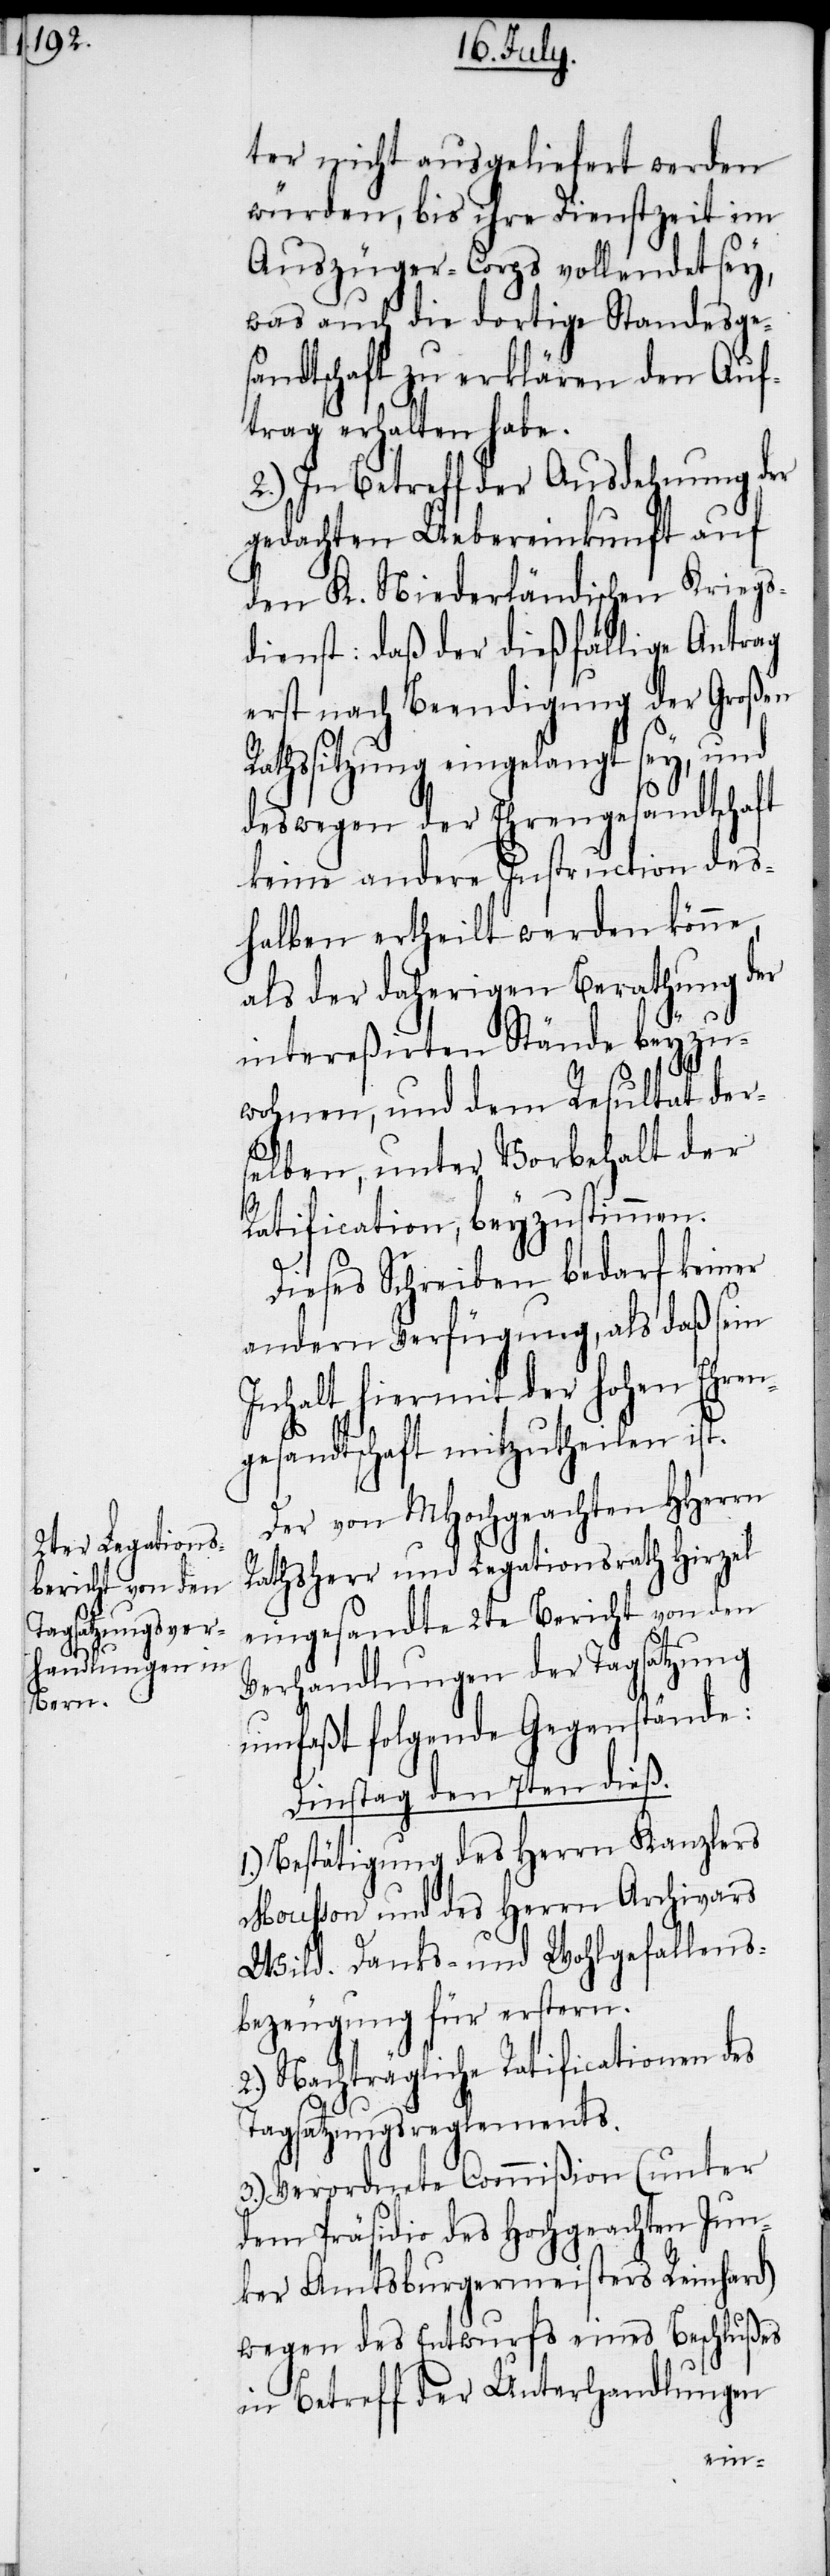
ter nicht ausgeliefert werden
würden, bis ihre Dienstzeit im
Auszüger-Corps vollendet sey,
was auch die dortige Standesges¬
andtschaft zu erklären den Auf¬
trag erhalten habe.
2.) In Betreff der Ausdehnung der
gedachten Uebereinkunft auf
den K. Niederländischen Kriegs¬
dienst: daß der dießfällige Antrag
erst nach Beendigung der Großen
Rathssitzung eingelangt sey, und
deswegen der Ehrengesandtschaft
keine andere Instruction des¬
halben ertheilt werden könne,
als der daherigen Berathung der
intereßirten Stände beyzu¬
wohnen, und dem Resultat ders¬
elben, unter Vorbehalt der
Ratification, beyzustimmen.
Dieses Schreiben bedarf keiner
andern Verfügung, als daß sein
Inhalt hiermit der hohen Ehren¬
gesandtschaft mitzutheilen ist.
Der von MHochgeachten HHerrn
Rathsherr und Legationsrath Hirzel
eingesandte 2te Bericht von den
Verhandlungen der Tagsatzung
umfaßt folgende Gegenstände:
Dinstag den 7ten dieß.
1.) Bestätigung des Herrn Kanzlers
Mousson und des Herrn Archivars
Wild. Danks- und Wohlgefallens¬
bezeugung für erstern.
2.) Nachträgliche Ratificationen des
Tagsatzungsreglements.
3.) Verordnete Commißion (unter
dem Präsidio des Hochgeachten Jun¬
ker Amtsburgermeisters Reinhard)
wegen des Entwurfs eines Beschlußes
in Betreff der Unterhandlungen